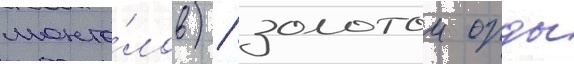
монго́лов) / золотои орды